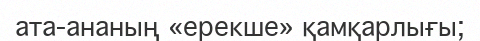
ата-ананың «ерекше» қамқарлығы;